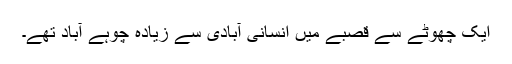
ایک چھوٹے سے قصبے میں انسانی آبادی سے زیادہ چوہے آباد تھے۔